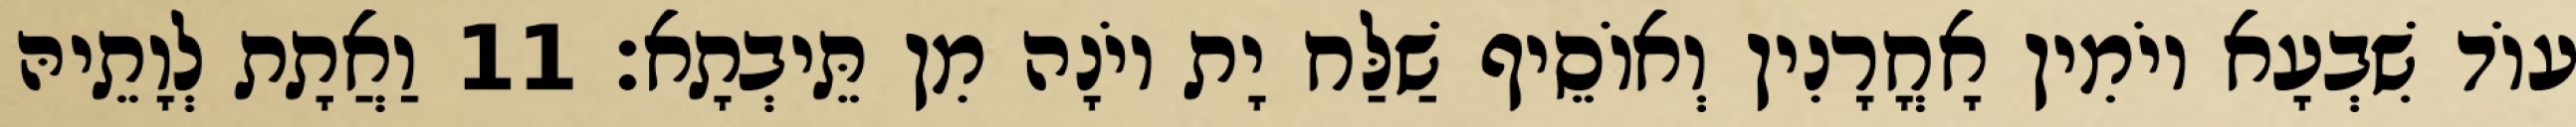
עוֹד שִׁבְעָא יוֹמִין אָחֳרָנִין וְאוֹסֵיף שַׁלַּח יָת יוֹנָה מִן תֵּיבְתָא׃ 11 וַאֲתָת לְוָתֵיהּ